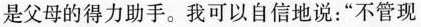
是父母的得力助手。我可以自信地说：”不管现